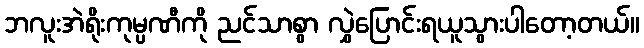
ဘလူးအဲရိုးကုမ္ပဏီကို ညင်သာစွာ လွှဲပြောင်းရယူသွားပါတော့တယ်။